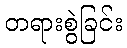
တရားစွဲခြင်း